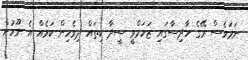
ނަމަވެސް ރޭގެ ހާދިސާގައި ޒަހަމްވީ ސީދާ ކިތައް ދިވެހިން ކަމެއް އެ ނޫހުން